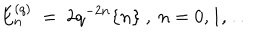
LaTeX: E _ { n } ^ { ( q ) } \ = \ 2 q ^ { - 2 n } \{ n \} \ , \ n = 0 , 1 , \ldots